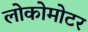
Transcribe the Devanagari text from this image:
लोकोमोटर